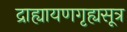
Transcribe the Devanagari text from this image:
द्राह्यायणगृह्यसूत्र